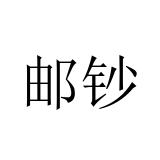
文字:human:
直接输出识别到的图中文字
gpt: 邮钞